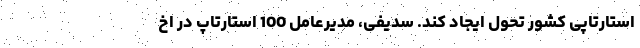
استارتاپی کشور تحول ایجاد کند. سدیفی، مدیرعامل 100 استارتاپ در اخ